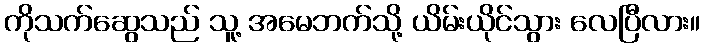
ကိုသက်ဆွေသည် သူ့ အမေဘက်သို့ ယိမ်းယိုင်သွား လေပြီလား။